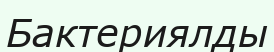
Бактериялды